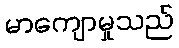
မာကျောမှုသည်